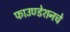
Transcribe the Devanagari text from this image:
फाउण्डेशनचे